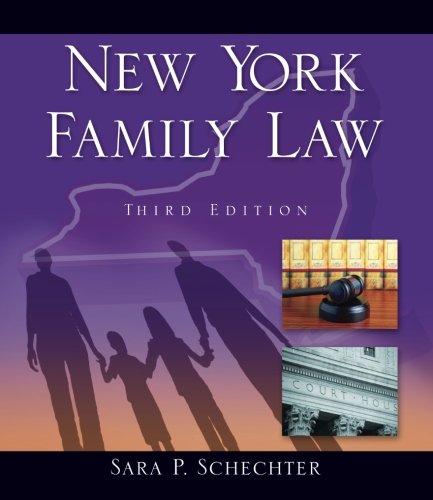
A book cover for New York Family Law; Sara P. Schechter; Law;